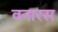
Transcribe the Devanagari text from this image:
वनारस